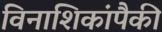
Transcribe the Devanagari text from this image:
विनाशिकांपैकी